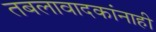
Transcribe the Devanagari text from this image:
तबलावादकांनाही